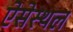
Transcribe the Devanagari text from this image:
ऐसेस्थल